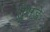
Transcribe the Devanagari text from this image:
तुसडे